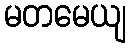
မတမေယျ